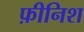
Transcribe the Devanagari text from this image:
फ़ीनिश